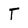
Character: T